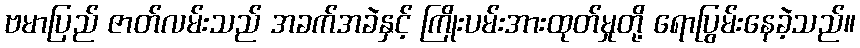
ဗမာပြည် ဇာတ်လမ်းသည် အခက်အခဲနှင့် ကြိုးပမ်းအားထုတ်မှုတို့ ရောပြွမ်းနေခဲ့သည်။